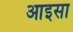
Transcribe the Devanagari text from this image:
आइसा